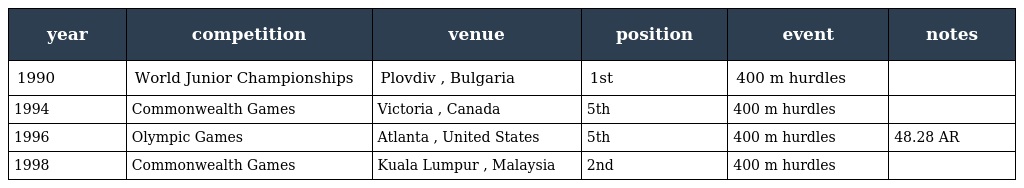
| year | competition | venue | position | event | notes |
 | --- | --- | --- | --- | --- | --- |
 | 1990 | World Junior Championships | Plovdiv , Bulgaria | 1st | 400 m hurdles |  |
 | 1994 | Commonwealth Games | Victoria , Canada | 5th | 400 m hurdles |  |
 | 1996 | Olympic Games | Atlanta , United States | 5th | 400 m hurdles | 48.28 AR |
 | 1998 | Commonwealth Games | Kuala Lumpur , Malaysia | 2nd | 400 m hurdles |  |